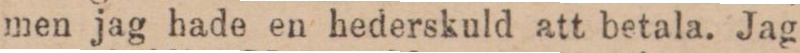
men jag hade en hederskuld att betala. Jag